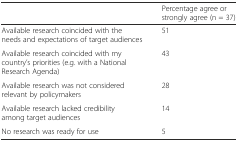
|  | Percentage agree or strongly agree (n = 37) |
 | --- | --- |
 | Available research coincided with the needs and expectations of target audiences | 51 |
 | Available research coincided with my country’s priorities (e.g. with a National Research Agenda) | 43 |
 | Available research was not considered relevant by policymakers | 28 |
 | Available research lacked credibility among target audiences | 14 |
 | No research was ready for use | 5 |